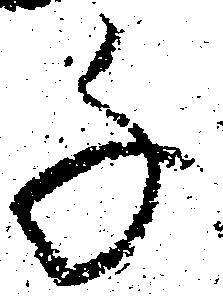
千